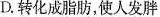
D.转化成脂肪，使人发胖